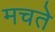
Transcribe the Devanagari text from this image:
मचते